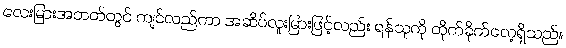
လေးမြားအတတ်တွင် ကျင်လည်ကာ အဆိပ်လူးမြားဖြင့်လည်း ရန်သူကို တိုက်ခိုက်လေ့ရှိသည်။